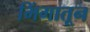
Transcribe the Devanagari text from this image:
भिंगातून